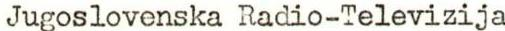
Jugoslovenska Radio-Televizija